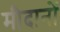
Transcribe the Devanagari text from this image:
मीदानों